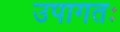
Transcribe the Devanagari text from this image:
उपागतः